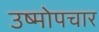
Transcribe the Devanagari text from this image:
उष्मोपचार